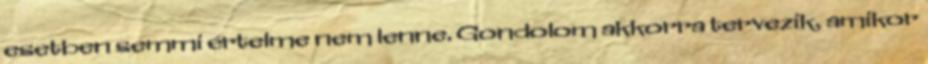
esetben semmi értelme nem lenne. Gondolom akkorra tervezik, amikor